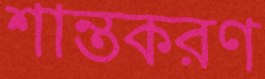
শান্তকরণ